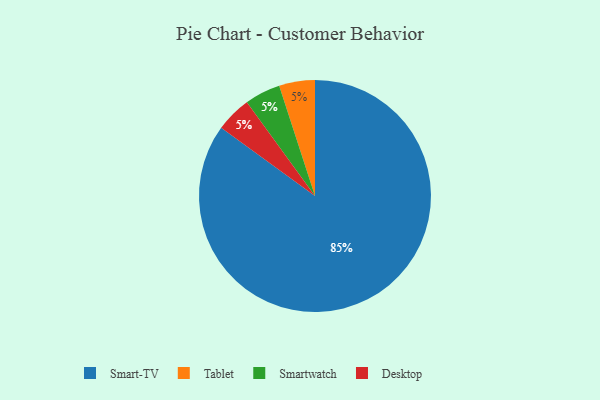
{"axis": {"x": "Category", "y": "Percentage"}, "legend": ["Desktop", "Smart-TV", "Smartwatch", "Tablet"], "data": [{"x": "Tablet", "y": 5, "type": "Tablet"}, {"x": "Smartwatch", "y": 5, "type": "Smartwatch"}, {"x": "Smart-TV", "y": 85, "type": "Smart-TV"}, {"x": "Desktop", "y": 5, "type": "Desktop"}]}